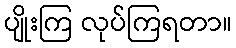
ပျိုးကြ လုပ်ကြရတာ။